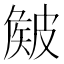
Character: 𥀄